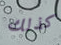
كذلك